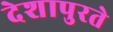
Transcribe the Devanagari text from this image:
देशापुरते